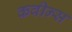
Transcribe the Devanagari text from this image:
कवीन्स